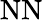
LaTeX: \mathrm{NN}